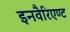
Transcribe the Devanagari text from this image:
इनवैरिएण्ट